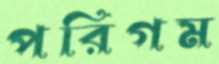
পরিগম